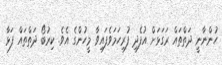
ހުންނާނީ ދަތްތައް ރަގަޅަށް އުފެދި ފުރިހަމަވެފައިވާ މީހުންގެ އެވެ. ކިރުބޯ ދަތްތައް ފަޅާ